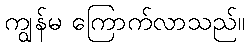
ကျွန်မ ကြောက်လာသည်။